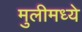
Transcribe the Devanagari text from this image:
मुलीमध्ये